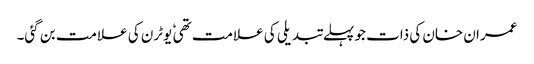
عمران خان کی ذات جو پہلے تبدیلی کی علامت تھی ٗ یوٹرن کی علامت بن گئی۔